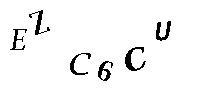
EZC6CU